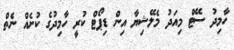
ހާމިދު ސޭޓް މިއަދު މެލޭޝިޔާ އިން ޑިޕޯޓް ކުރީ ހާމިދުގެ ކުށެއް ނެތް